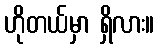
ဟိုတယ်မှာ ရှိလား။